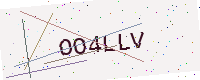
Text: OO4LLV